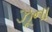
ઝૂના